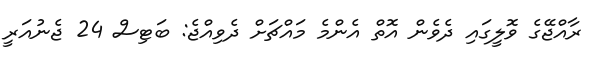
ރާއްޖޭގެ ވޮލީގައި ދެވެން އޮތް އެންމެ މައްޗަށް ދެވިއްޖެ: ބަޓިސް 24 ޖެނުއަރީ